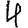
Digit: 4